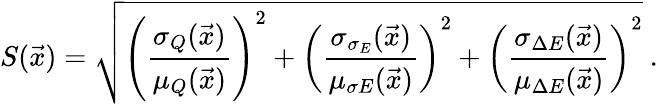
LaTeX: S(\vec{x})=\sqrt{\left({\frac{\sigma_{Q}(\vec{x})}{\mu_{Q}(\vec{x})}}\right)^{2}+\left({\frac{\sigma_{\sigma_{E}}({\vec{x}})}{\mu_{\sigma E}({\vec{x}})}}\right)^{2}+\left({\frac{\sigma_{\Delta E}({\vec{x}})}{\mu_{\Delta E}({\vec{x}})}}\right)^{2}}\ .